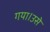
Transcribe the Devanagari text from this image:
गया।उसे